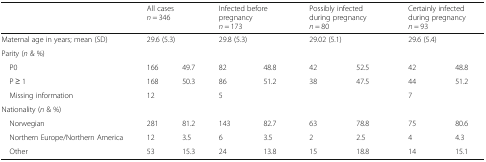
<table><thead><tr><td></td><td colspan="2"><b>All cases<i>n</i> = 346</b></td><td colspan="2"><b>Infected before pregnancy<i>n</i> = 173</b></td><td colspan="2"><b>Possibly infected during pregnancy<i>n</i> = 80</b></td><td colspan="2"><b>Certainly infected during pregnancy<i>n</i> = 93</b></td></tr></thead><tbody><tr><td>Maternal age in years; mean (SD)</td><td colspan="2">29.6 (5.3)</td><td colspan="2">29.8 (5.3)</td><td colspan="2">29.02 (5.1)</td><td colspan="2">29.6 (5.4)</td></tr><tr><td colspan="9">Parity (<i>n</i> &amp; %)</td></tr><tr><td> P0</td><td>166</td><td>49.7</td><td>82</td><td>48.8</td><td>42</td><td>52.5</td><td>42</td><td>48.8</td></tr><tr><td> P ≥ 1</td><td>168</td><td>50.3</td><td>86</td><td>51.2</td><td>38</td><td>47.5</td><td>44</td><td>51.2</td></tr><tr><td> Missing information</td><td>12</td><td></td><td>5</td><td></td><td></td><td></td><td>7</td><td></td></tr><tr><td colspan="9">Nationality (<i>n</i> &amp; %)</td></tr><tr><td> Norwegian</td><td>281</td><td>81.2</td><td>143</td><td>82.7</td><td>63</td><td>78.8</td><td>75</td><td>80.6</td></tr><tr><td> Northern Europe/Northern America</td><td>12</td><td>3.5</td><td>6</td><td>3.5</td><td>2</td><td>2.5</td><td>4</td><td>4.3</td></tr><tr><td> Other</td><td>53</td><td>15.3</td><td>24</td><td>13.8</td><td>15</td><td>18.8</td><td>14</td><td>15.1</td></tr></tbody></table>